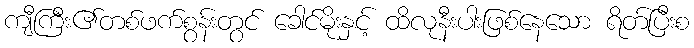
ကျီကြီး၏တစ်ဖက်စွန်းတွင် ခေါင်မိုးနှင့် ထိလုနီးပါးဖြစ်နေသော ရိတ်ပြီးစ